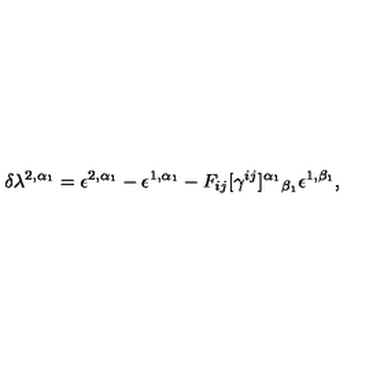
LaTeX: \delta \lambda ^ { 2 , \alpha _ { 1 } } = \epsilon ^ { 2 , \alpha _ { 1 } } - \epsilon ^ { 1 , \alpha _ { 1 } } - F _ { i j } [ \gamma ^ { i j } ] ^ { \alpha _ { 1 } } { } _ { \beta _ { 1 } } \epsilon ^ { 1 , \beta _ { 1 } } ,